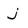
Character: j